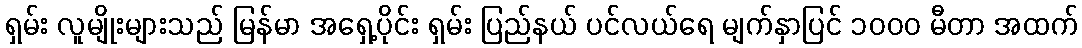
ရှမ်း လူမျိုးများသည် မြန်မာ အရှေ့ပိုင်း ရှမ်း ပြည်နယ် ပင်လယ်ရေ မျက်နှာပြင် ၁၀၀၀ မီတာ အထက်